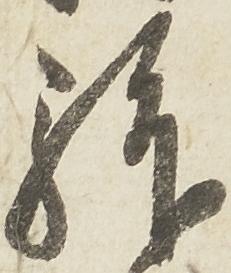
拝